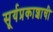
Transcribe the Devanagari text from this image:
सूर्यप्रकाशाची